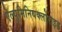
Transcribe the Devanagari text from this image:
ऐल्युमिनियक्लोराइड